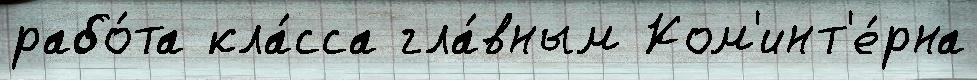
рабо́та кла́сса гла́вным Ком'инт'е́рна